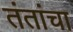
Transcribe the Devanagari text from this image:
तंतांचा